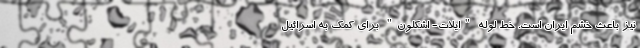
نیز باعث خشم ایران است. خط لوله "ایلات- اشکلون" برای کمک به اسرائیل